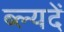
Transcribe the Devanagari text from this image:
ब्ल्यदें